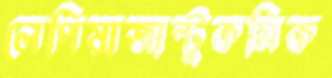
লেপিয়াজান্টুকমিক